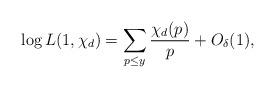
LaTeX: \begin{align*}\log L(1, \chi_d)=\sum_{p\leq y} \frac{\chi_d(p)}{p}+O_{\delta}(1),\end{align*}